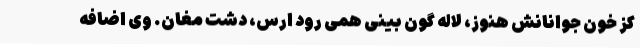
کز خون جوانانش هنوز، لاله گون بینی همی رود ارس، دشت مغان. وی اضافه